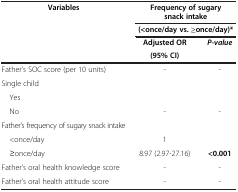
| Variables | <COLSPAN=2> Frequency of sugary snack intake |
 |  | <COLSPAN=2> (<once/day vs. ≥once/day)* |
 |  | Adjusted OR | P-value |
 |  | (95% CI) |  |
 | --- | --- | --- |
 | Father’s SOC score (per 10 units) | - | - |
 | Single child |  |  |
 | Yes |  |  |
 | No | - | - |
 | Father’s frequency of sugary snack intake |  |  |
 | <once/day | 1 |  |
 | ≥once/day | 8.97 (2.97-27.16) | <0.001 |
 | Father’s oral health knowledge score | - | - |
 | Father’s oral health attitude score | - | - |